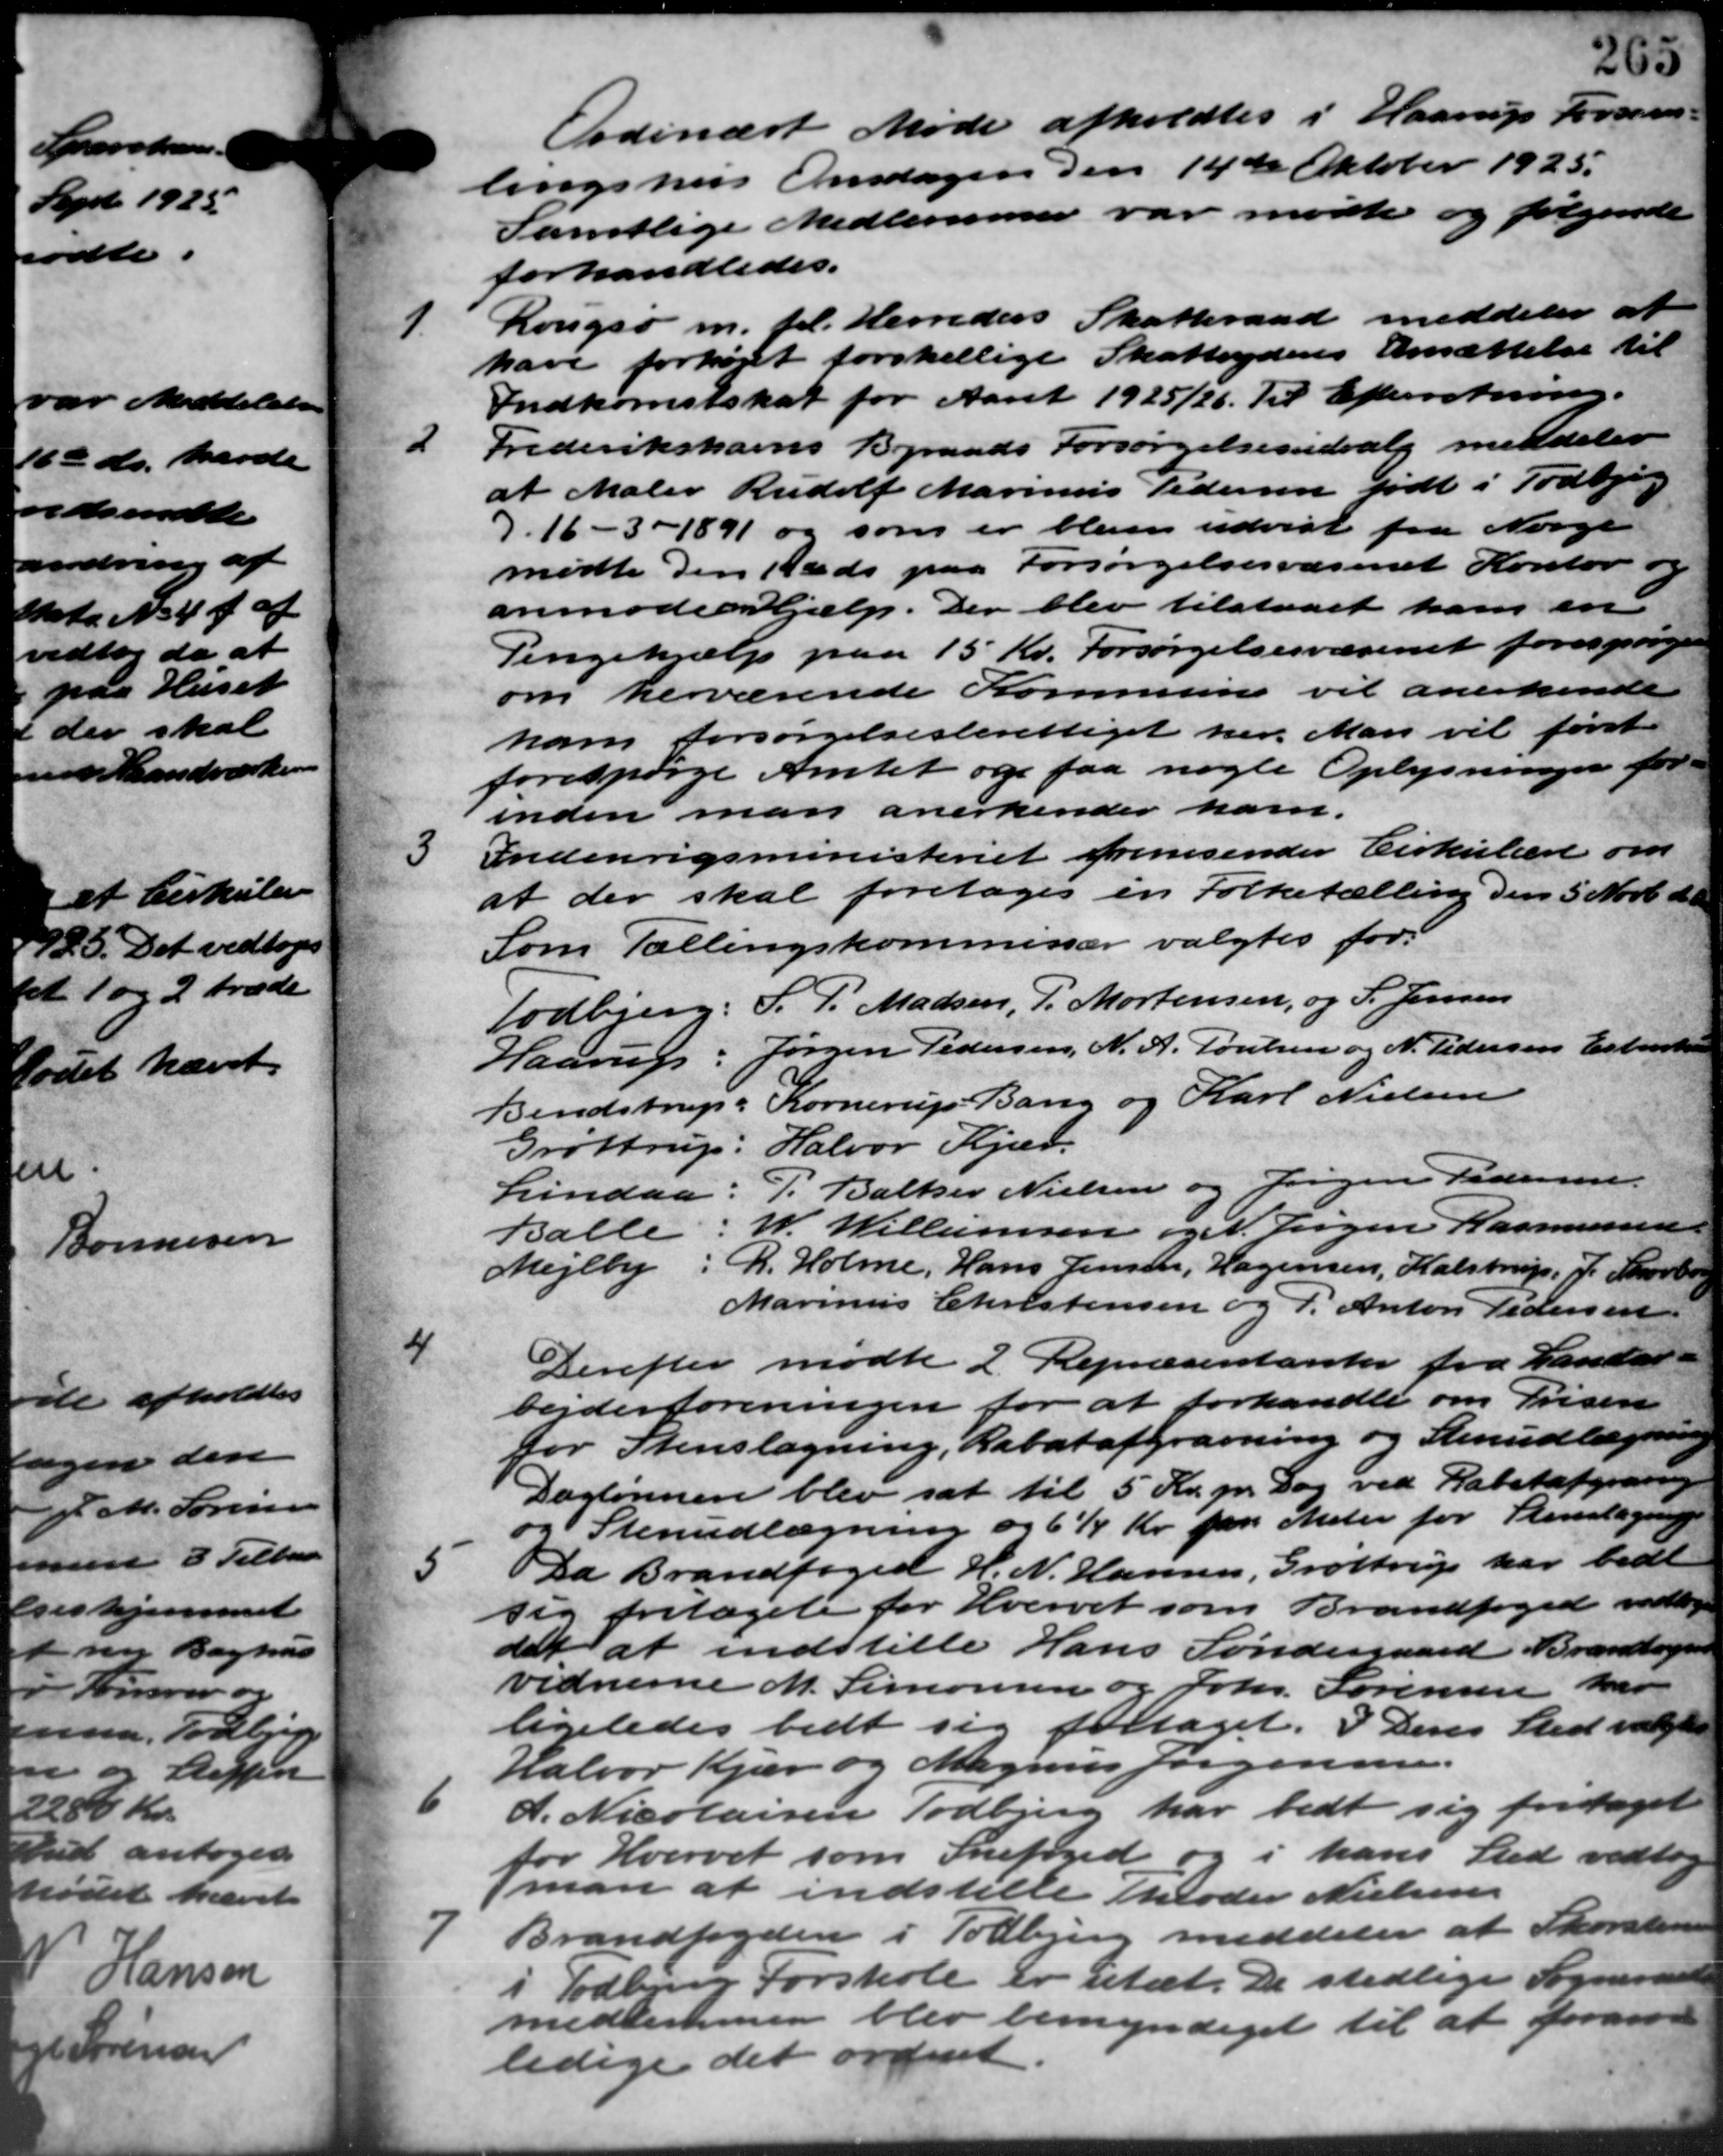
Transskription:
Ordinært Møde afholdtes i Haarup Forsam –
lingshus Onsdagen den 14de Oktober 1925.
Samtlige Medlemmer var mødte og følgende
forhandledes.
1.
Rougsø m. fl. Herreders Skatteraad meddeler at
have forhøjet forskellige Skatteyderes Ansættelse til
Indkomstskat for Aaret 1925/26. Til Efterretning.
2
Frederikshavns Byraads Forsørgelsesudvalg meddeler
at Maler Rudolf Marius Pedersen født i Todbjerg
7.16 - 3 - 1891 og som er bleven udvist fra Norge
mødte den 112 ds paa Forsørgelsesvæsenet Kontor og
anmoder hjælp. Der blev tilstaaet ham en
Pengehjælp paa 15 Kr. Forsørgelsesvæsenet forespørgel
om herværende Kommune vil anerkende
ham forsørgelsesberettiget her. Man vil først
forespørge Amtet og faa nogle Oplysningen for
inden man anerkender ham.
3
Indenrigsministeriet fremsender Cirkulære om
at der skal foretages en Folketælling den 5 Novb. d. A
Som Tællingskommissær valgtes for:
Todbjerg: S. P. Madsen P. Mortensen, og S. Jensen
Haarup: Jørgen Pedersen, N. A. Poulsen og N. Pedersen Erhvert
Bendstrup: Kornerup Bang og Karl Nielsen
Grøttrup: Halvor Kjær.
Lindaa: P. Baltzer Nielsen og Jørgen Pedersen.
Balle W. Willumsen og N. Jørgen Rasmussen.
Mejlby: R. Holme, Hans Jensen, Hagensen, Kalstrup, J. Skovborg
Marinus Christensen og P. Anton Pedersen

Derefter mødte 2 Repræsentanter fra Lander-
bejderforeningen for at forhandle om Prisen
for Stenslagning, Rabatafgravning og Stenndlægning
Daglønnen blev sat til 5 Kr. pr. Dag ved Rabatafgraring
og Stenudlægning og 6 Kr. paa Mater for Stenslagning
5
Da Brandfoged H. N. Hansen, Grøttrup har bedt
sig fritaget for Hvervet som Brandfoged vedtoges
det at indstille Hans Søndergaard Brandvejen
vidnerne M. Simonsen og Johs. Sørensen har
ligeledes bedt sig fritaget. 3 Deres Sted valgtes
Halvor Kjær og Magnus Jørgensen.
6
A. Nicolaisen Todbjerg har bedt sig foretaget
for Hvervet som Snefoged og i hans Sted vedtoge
man at indstille Moder Nielsen.

Brandfogden i Todbjerg meddeler at Skovstene
Todbjerg Forskole er utæt. De stedlige Sogneraade
medlemmer blev bemyndiget til at forand
ledige det ordinet.